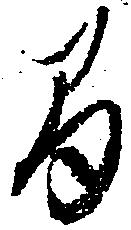
間